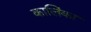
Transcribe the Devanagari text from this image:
कालिंका